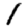
Digit: 1